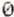
0